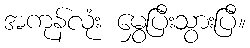
အကုန်လုံး မွှေပြီးသွားပြီ။